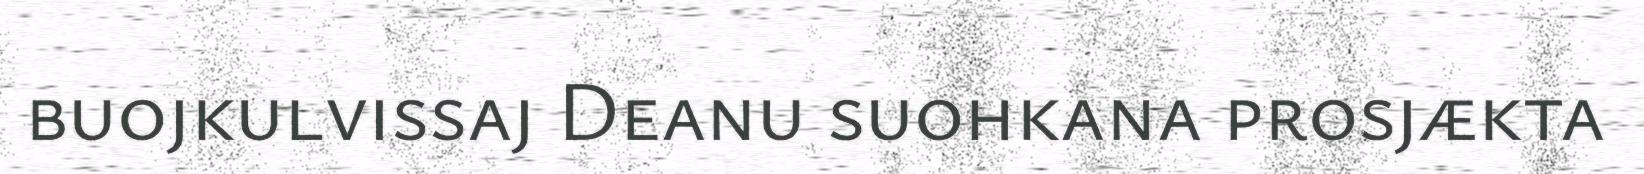
buojkulvissaj Deanu suohkana prosjækta